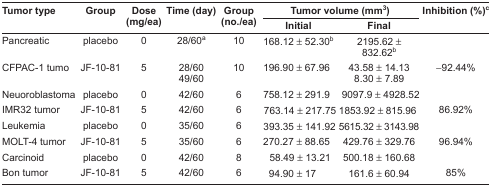
<table><thead><tr><td rowspan="2"><b>Tumor type</b></td><td rowspan="2"><b>Group</b></td><td rowspan="2"><b>Dose (mg/ea)</b></td><td rowspan="2"><b>Time (day)</b></td><td rowspan="2"><b>Group (no./ea)</b></td><td colspan="2"><b>Tumor volume (mm<sup>3</sup>)</b></td><td rowspan="2"><b>Inhibition (%)c</b></td></tr><tr><td><b>Initial</b></td><td><b>Final</b></td></tr></thead><tbody><tr><td>Pancreatic</td><td>placebo</td><td>0</td><td>28/60a</td><td>10</td><td>168.12 ± 52.30b</td><td>2195.62 ± 832.62b</td><td></td></tr><tr><td>CFPAC-1 tumo</td><td>JF-10-81</td><td>5</td><td>28/6049/60</td><td>10</td><td>196.90 ± 67.96</td><td>43.58 ± 14.138.30 ± 7.89</td><td>−92.44%</td></tr><tr><td>Neuoroblastoma</td><td>placebo</td><td>0</td><td>42/60</td><td>6</td><td>758.12 ± 291.9</td><td>9097.9 ± 4928.52</td><td></td></tr><tr><td>IMR32 tumor</td><td>JF-10-81</td><td>5</td><td>42/60</td><td>6</td><td>763.14 ± 217.75</td><td>1853.92 ± 815.96</td><td>86.92%</td></tr><tr><td>Leukemia</td><td>placebo</td><td>0</td><td>35/60</td><td>6</td><td>393.35 ± 141.92</td><td>5615.32 ± 3143.98</td><td></td></tr><tr><td>MOLT-4 tumor</td><td>JF-10-81</td><td>5</td><td>35/60</td><td>6</td><td>270.27 ± 88.65</td><td>429.76 ± 329.76</td><td>96.94%</td></tr><tr><td>Carcinoid</td><td>placebo</td><td>0</td><td>42/60</td><td>8</td><td>58.49 ± 13.21</td><td>500.18 ± 160.68</td><td></td></tr><tr><td>Bon tumor</td><td>JF-10-81</td><td>5</td><td>42/60</td><td>6</td><td>94.90 ± 17</td><td>161.6 ± 60.94</td><td>85%</td></tr></tbody></table>